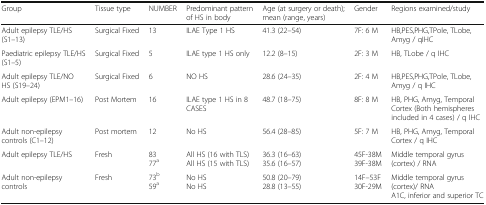
| Group | Tissue type | NUMBER | Predominant pattern of HS in body | Age (at surgery or death); mean (range, years) | Gender | Regions examined/study |
 | --- | --- | --- | --- | --- | --- | --- |
 | Adult epilepsy TLE/HS (S1–13) | Surgical Fixed | 13 | ILAE Type 1 HS | 41.3 (22–54) | 7F: 6 M | HB,PES,PHG,TPole, TLobe, Amyg / qIHC |
 | Paediatric epilepsy TLE/HS (S1–5) | Surgical Fixed | 5 | ILAE type 1 HS only | 12.2 (8–15) | 2F: 3 M | HB, TLobe / q IHC |
 | Adult epilepsy TLE/NO HS (S19–24) | Surgical Fixed | 6 | NO HS | 28.6 (24–35) | 2F: 4 M | HB,PES,PHG,TPole, TLobe, Amyg / q IHC |
 | Adult epilepsy (EPM1–16) | Post Mortem | 16 | ILAE type 1 HS in 8 CASES | 48.7 (18–75) | 8F: 8 M | HB, PHG, Amyg, Temporal Cortex (Both hemispheres included in 4 cases) / q IHC |
 | Adult non-epilepsy controls (C1–12) | Post mortem | 12 | No HS | 56.4 (28–85) | 5F: 7 M | HB, PHG, Amyg, Temporal Cortex / q IHC |
 | Adult epilepsy TLE/HS | Fresh | 8377a | All HS (16 with TLS)All HS (15 with TLS) | 36.3 (16–63)35.6 (16–57) | 45F-38M39F-38M | Middle temporal gyrus (cortex) / RNA |
 | Adult non-epilepsy controls | Fresh | 73b59a | No HSNo HS | 50.8 (20–79)28.8 (13–55) | 14F–53F30F-29M | Middle temporal gyrus (cortex)/ RNAA1C, inferior and superior TC |